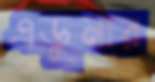
এডুনার